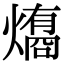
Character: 𤐟